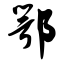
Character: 鄂